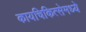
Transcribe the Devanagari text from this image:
कायचिकित्सेमध्ये